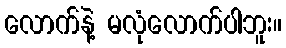
လောက်နဲ့ မလုံလောက်ပါဘူး။